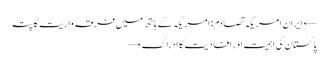
← ایران امریکہ تصادم : امریکہ کے ہاتھ میں فرقہ واریت کا پتہ
پاکستان کی اہمیت اور افادیت کا ادراک →